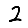
Digit: 2